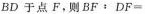
BD于点F，则$$B F : D F =